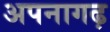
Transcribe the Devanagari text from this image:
अपनागढ़